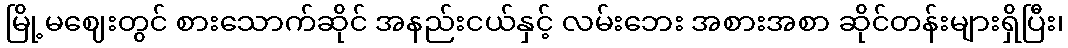
မြို့မဈေးတွင် စားသောက်ဆိုင် အနည်းငယ်နှင့် လမ်းဘေး အစားအစာ ဆိုင်တန်းများရှိပြီး၊